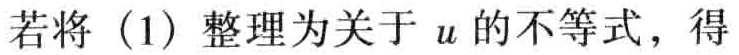
若将（1）整理为关于\(u\)的不等式，得